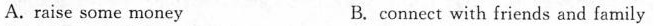
A.raise some money B. connect with friends and family